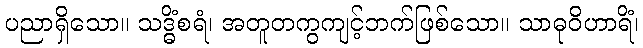
ပညာရှိသော။ သဒ္ဓိံစရံ၊ အတူတကွကျင့်ဘက်ဖြစ်သော။ သာဓုဝိဟာရိံ၊